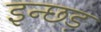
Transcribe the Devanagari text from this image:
इन्छड़